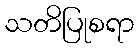
သတိပြုစရာ